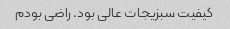
کیفیت سبزیجات عالی بود. راضی بودم